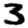
Digit: 3